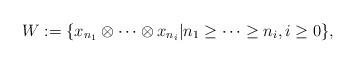
LaTeX: \begin{align*}W:=\{x_{n_{1}}\otimes \cdots \otimes x_{n_{i}}|n_{1}\geq \cdots \geq n_{i}, i\geq0\},\end{align*}